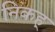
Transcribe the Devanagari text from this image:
निकह्